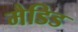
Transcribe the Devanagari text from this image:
मैडिड